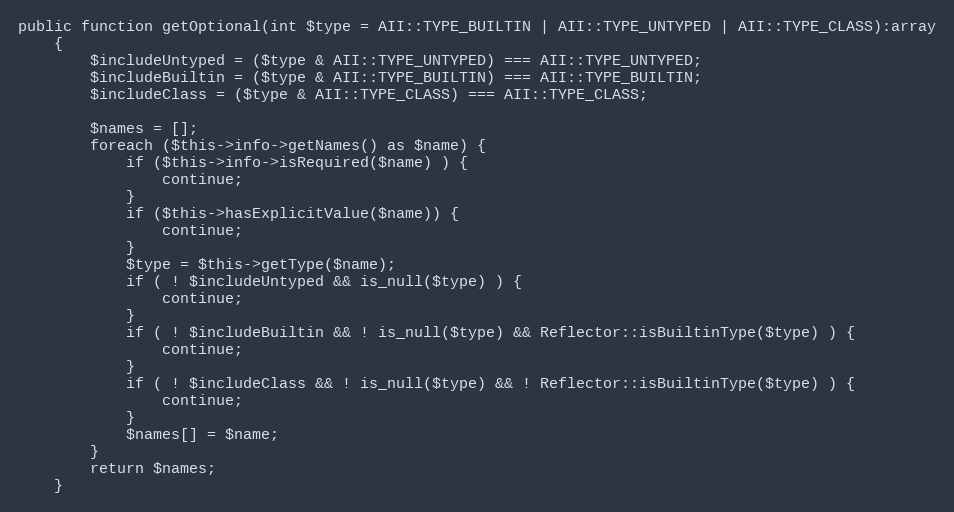
Language: PHP
public function getOptional(int $type = AII::TYPE_BUILTIN | AII::TYPE_UNTYPED | AII::TYPE_CLASS):array
    {
        $includeUntyped = ($type & AII::TYPE_UNTYPED) === AII::TYPE_UNTYPED;
        $includeBuiltin = ($type & AII::TYPE_BUILTIN) === AII::TYPE_BUILTIN;
        $includeClass = ($type & AII::TYPE_CLASS) === AII::TYPE_CLASS;

        $names = [];
        foreach ($this->info->getNames() as $name) {
            if ($this->info->isRequired($name) ) {
                continue;
            }
            if ($this->hasExplicitValue($name)) {
                continue;
            }
            $type = $this->getType($name);
            if ( ! $includeUntyped && is_null($type) ) {
                continue;
            }
            if ( ! $includeBuiltin && ! is_null($type) && Reflector::isBuiltinType($type) ) {
                continue;
            }
            if ( ! $includeClass && ! is_null($type) && ! Reflector::isBuiltinType($type) ) {
                continue;
            }
            $names[] = $name;
        }
        return $names;
    }